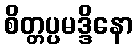
စိတ္တပ္ပမဒ္ဒိနော